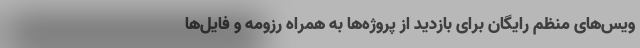
ویس‌های منظم رایگان برای بازدید از پروژه‌ها به همراه رزومه و فایل‌ها